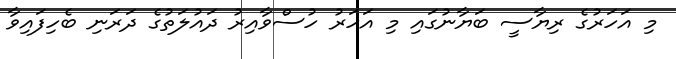
މި އަހަރުގެ ރިޔާސީ ބަޔާނުގައި މި އަހަރު ހުސްވާއިރު ދައުލަތުގެ ދަރަނި ބެހިފައިވާ